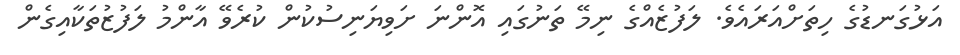
އަޅުގަނޑުގެ ހިތަށްއަރައެވެ. ލަފުޒެއްގެ ނިމޭ ތަނުގައި އޮންނަ ށަވިޔަނިސުކުން ކުރެވޭ އާންމު ލަފުޒުތަކާއިގެން